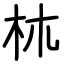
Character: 𣏕